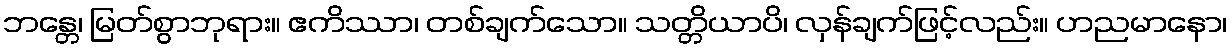
ဘန္တေ၊ မြတ်စွာဘုရား။ ဧကိဿာ၊ တစ်ချက်သော။ သတ္တိယာပိ၊ လှန်ချက်ဖြင့်လည်း။ ဟညမာနော၊